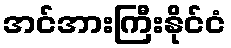
အင်အားကြီးနိုင်ငံ